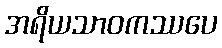
အရိယသာဝကဿပေ